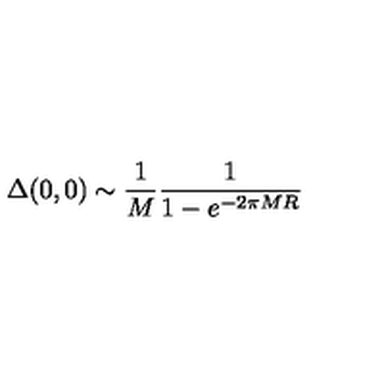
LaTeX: \Delta ( 0 , 0 ) \sim { \frac { 1 } { M } } { \frac { 1 } { 1 - e ^ { - 2 \pi M R } } }